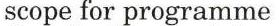
scope for programme